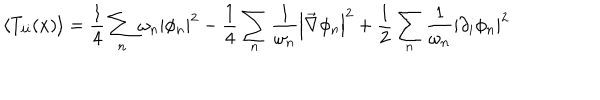
LaTeX: \left\langle T _ { i i } ( x ) \right\rangle = \frac { 1 } { 4 } \sum _ { n } \omega _ { n } \left| \phi _ { n } \right| ^ { 2 } - \frac { 1 } { 4 } \sum _ { n } \frac { 1 } { \omega _ { n } } \left| \vec { \nabla } \phi _ { n } \right| ^ { 2 } + \frac { 1 } { 2 } \sum _ { n } \frac { 1 } { \omega _ { n } } \left| \partial _ { i } \phi _ { n } \right| ^ { 2 }